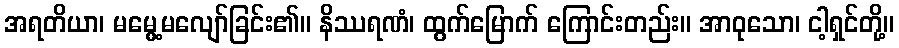
အရတိယာ၊ မမွေ့မလျော်ခြင်း၏။ နိဿရဏံ၊ ထွက်မြောက် ကြောင်းတည်း။ အာဝုသော၊ ငါ့ရှင်တို့။